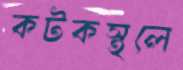
কটকস্থলে